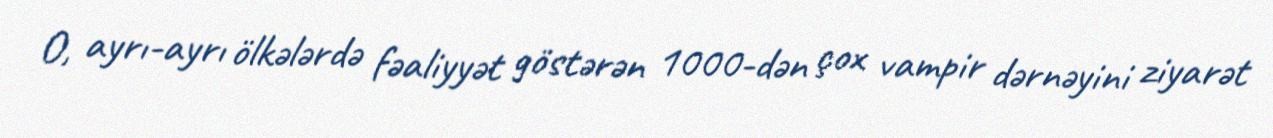
O, ayrı-ayrı ölkələrdə fəaliyyət göstərən 1000-dən çox vampir dərnəyini ziyarət